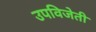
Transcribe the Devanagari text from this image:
उपविजेती